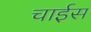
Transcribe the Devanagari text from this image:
चाईस